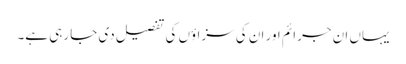
یہاں ان جرائم اور ان کی سزاؤں کی تفصیل دی جا رہی ہے۔